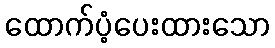
ထောက်ပံ့ပေးထားသော